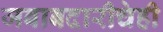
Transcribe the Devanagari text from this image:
जबाबदारीचेही